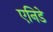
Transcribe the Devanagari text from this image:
एनिडे